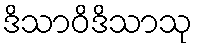
ဒိသာဝိဒိသာသု